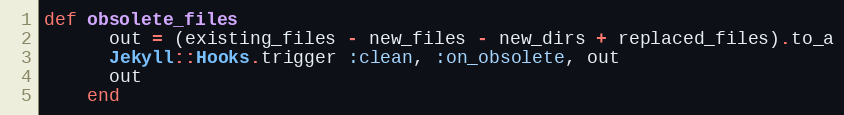
Language: Ruby
def obsolete_files
      out = (existing_files - new_files - new_dirs + replaced_files).to_a
      Jekyll::Hooks.trigger :clean, :on_obsolete, out
      out
    end